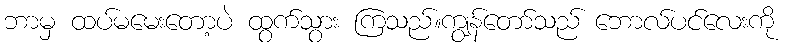
ဘာမှ ထပ်မမေးတော့ပဲ ထွက်သွား ကြသည်။ကျွန်တော်သည် ဘောလ်ပင်လေးကို